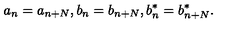
a _ { n } = a _ { n + N } , b _ { n } = b _ { n + N } , b _ { n } ^ { * } = b _ { n + N } ^ { * } .